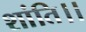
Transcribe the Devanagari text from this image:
शांति।।